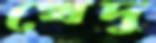
খেদু